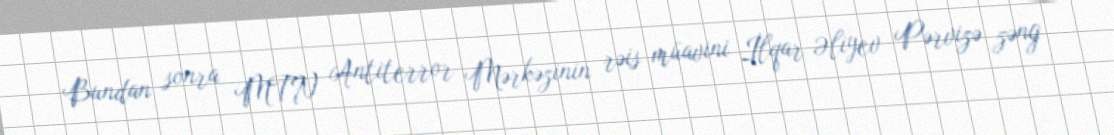
Bundan sonra MTN Antiterror Mərkəzinin rəis müavini İlqar Əliyev Pərvizə zəng